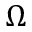
\Omega